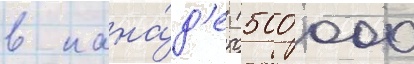
в кана́д'е (500 000